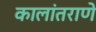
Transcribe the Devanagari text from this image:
कालांतराणे